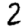
Digit: 2